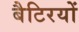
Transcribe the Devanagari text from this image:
बैटिरयों